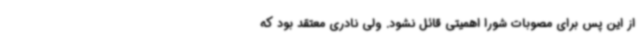
از این پس برای مصوبات شورا اهمیتی قائل نشود. ولی نادری معتقد بود که